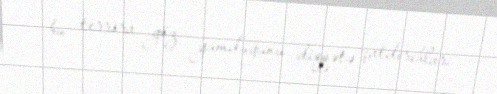
bu terrora göz yumduğunu diqqətə çatdırıblar.